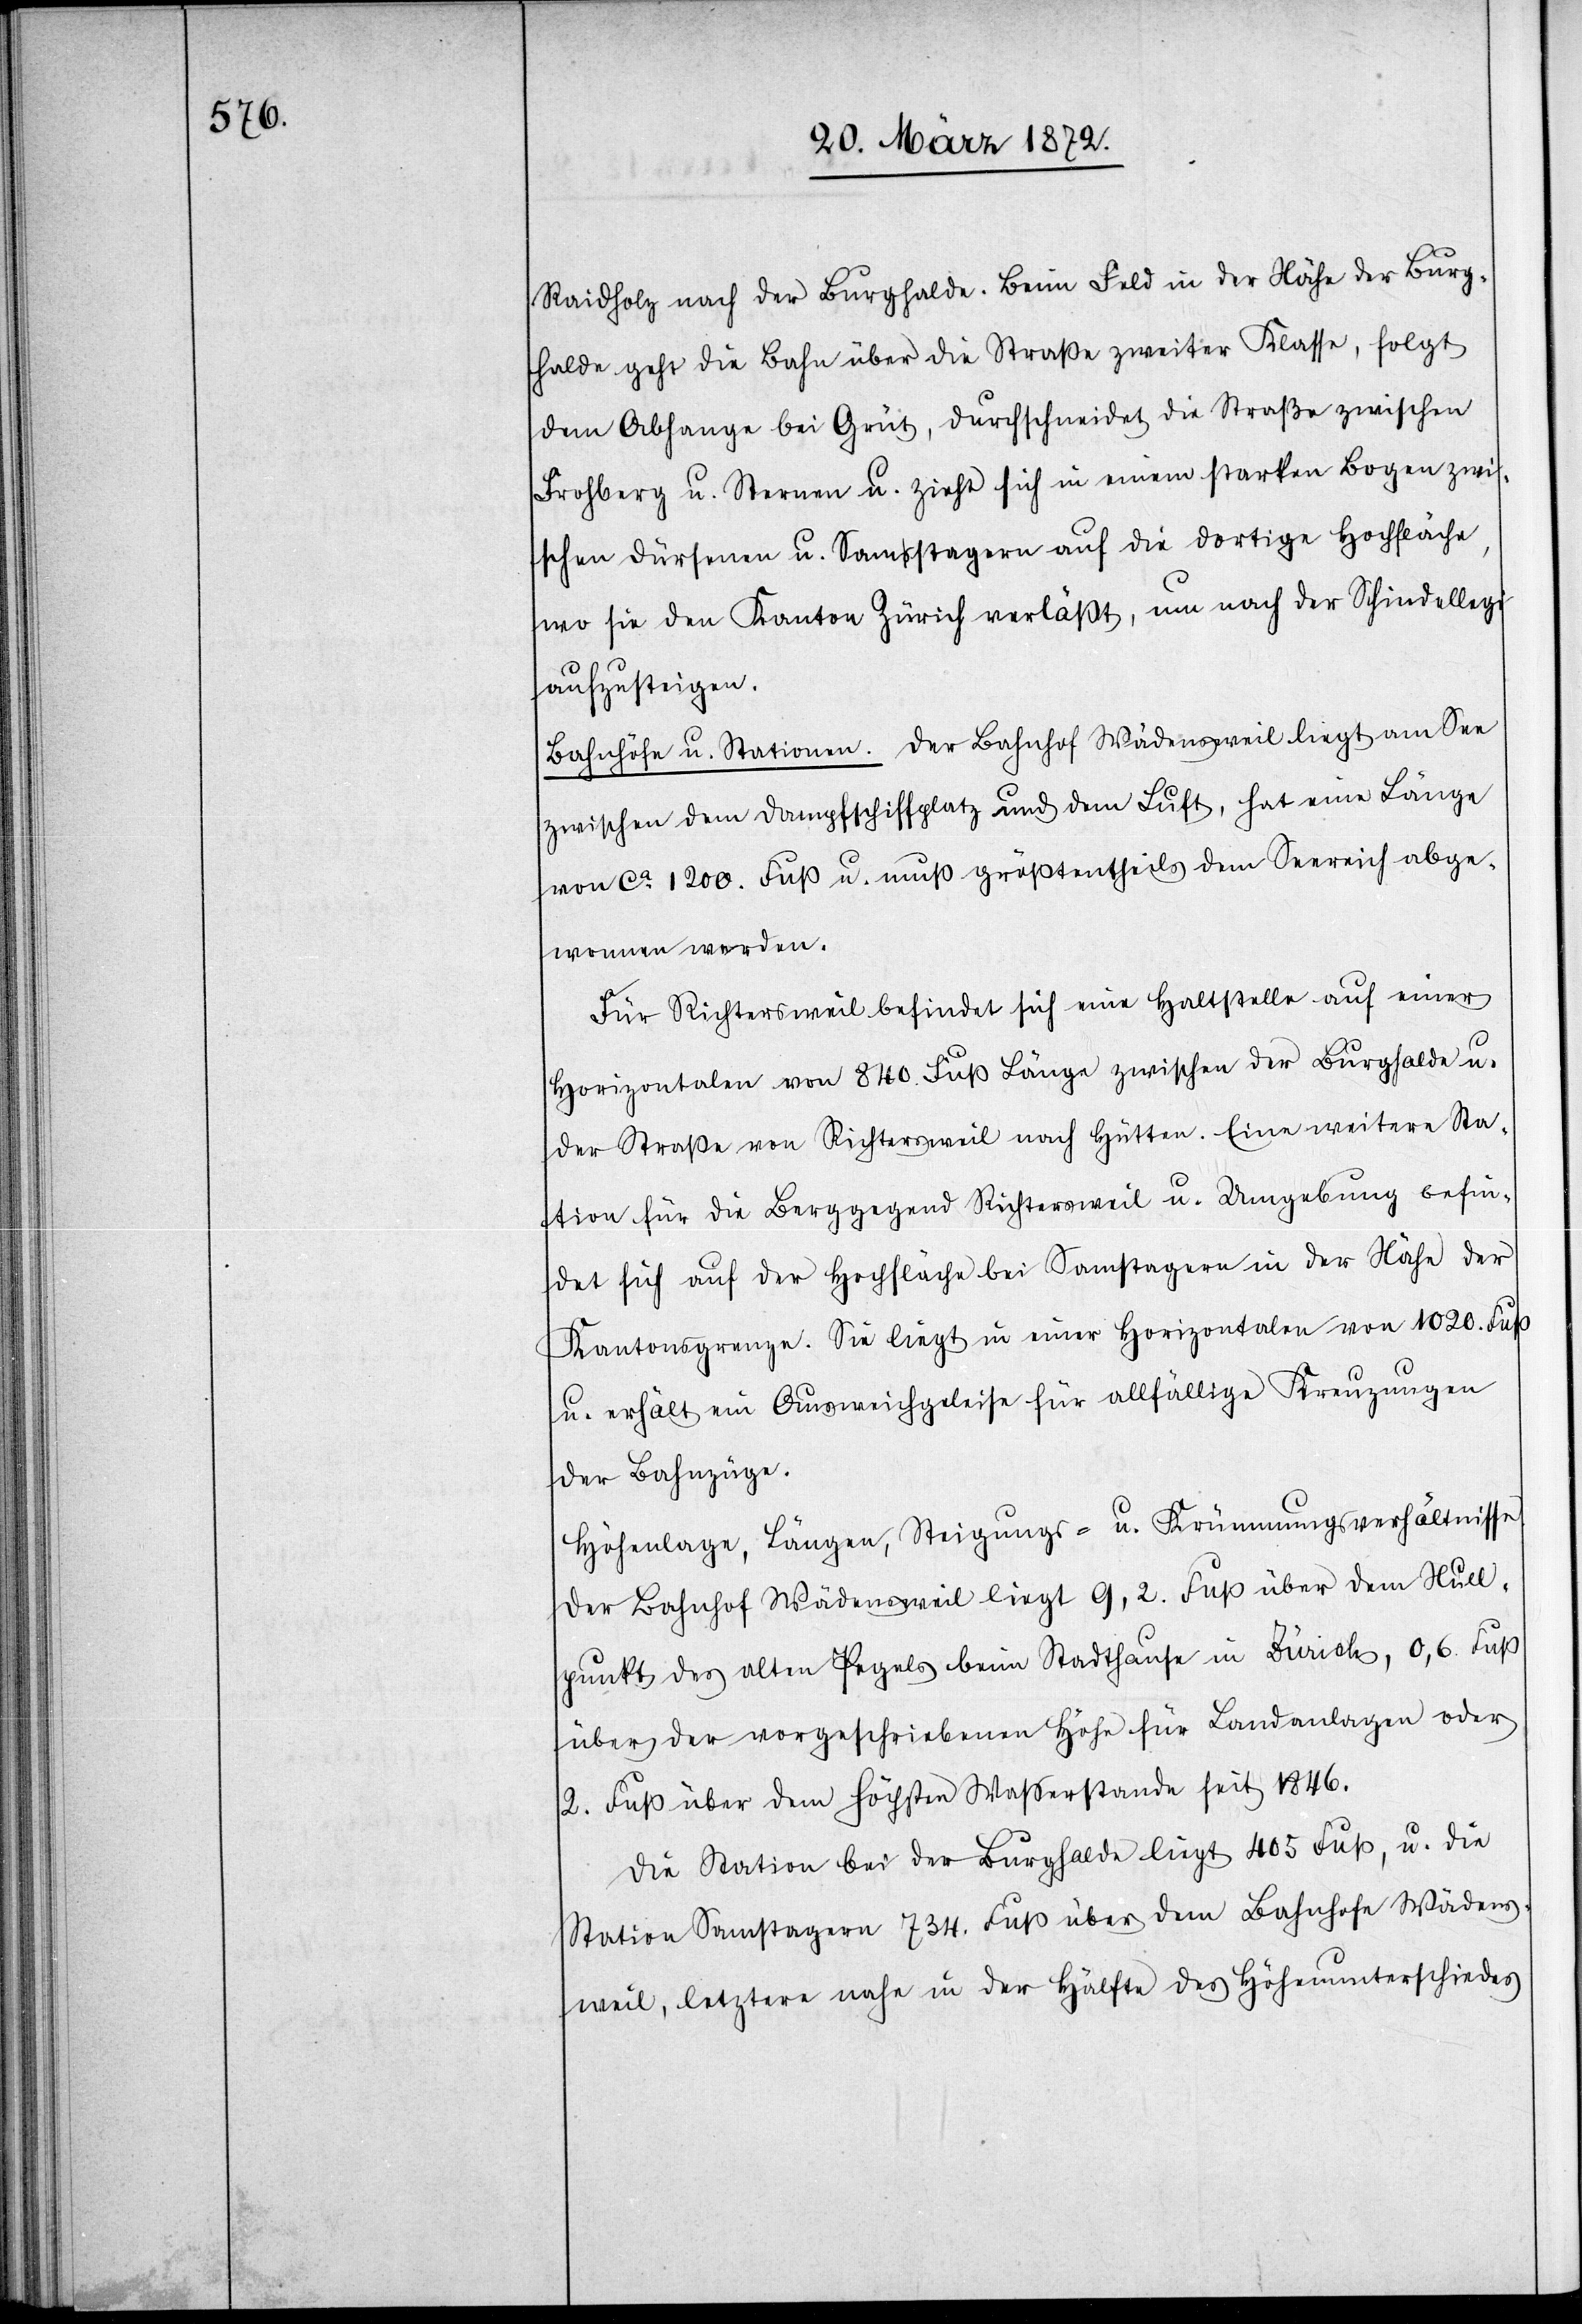
Raidholz nach der Burghalde. Beim Feld in der Nähe der Burg¬
halde geht die Bahn über die Straße zweiter Klasse, folgt
dem Abhange bei Grüt, durchschneidet die Straße zwischen
Frohberg u. Sternen u. zieht sich in einem starken Bogen zwi¬
schen Dürsenen u. Samstagern auf die dortige Hochfläche,
wo sie den Kanton Zürich verläßt, um nach der Schindellegi
aufzusteigen.
Bahnhöfe u. Stationen. Der Bahnhof Wädensweil liegt am See
zwischen dem Dampfschiffplatz und dem Luft, hat eine Länge
von ca 1200. Fuß u. muß größtentheils dem Seereich abge¬
wonnen werden.
Für Richtersweil befindet sich eine Haltestelle auf einer
Horizontalen von 840. Fuß Länge zwischen der Burghalde u.
der Straße von Richtersweil nach Hütten. Eine weitere Sta¬
tion für die Berggegend Richtersweil u. Umgebung befin¬
det sich auf der Hochfläche bei Samstagern in der Nähe der
Kantonsgrenze. Sie liegt in einer Horizontalen von 1020. Fuß
u. erhält ein Ausweichgeleise für allfällige Kreuzungen
der Bahnzüge.
Höhenlage, Längen, Steigungs- u. Krümmungsverhältnisse.
Der Bahnhof Wädensweil liegt 9,2. Fuß über dem Null¬
punkt des alten Pegels beim Stadthause in Zürich, 0,6. Fuß
über der vorgeschriebenen Höhe für Landanlagen oder
2. Fuß über dem höchsten Wasserstande seit 1846.
Die Station bei der Burghalde liegt 405 Fuß, u. die
Station Samstagern 734. Fuß über dem Bahnhofe Wädens¬
weil, letztere nahe in der Hälfte des Höhenunterschiedes